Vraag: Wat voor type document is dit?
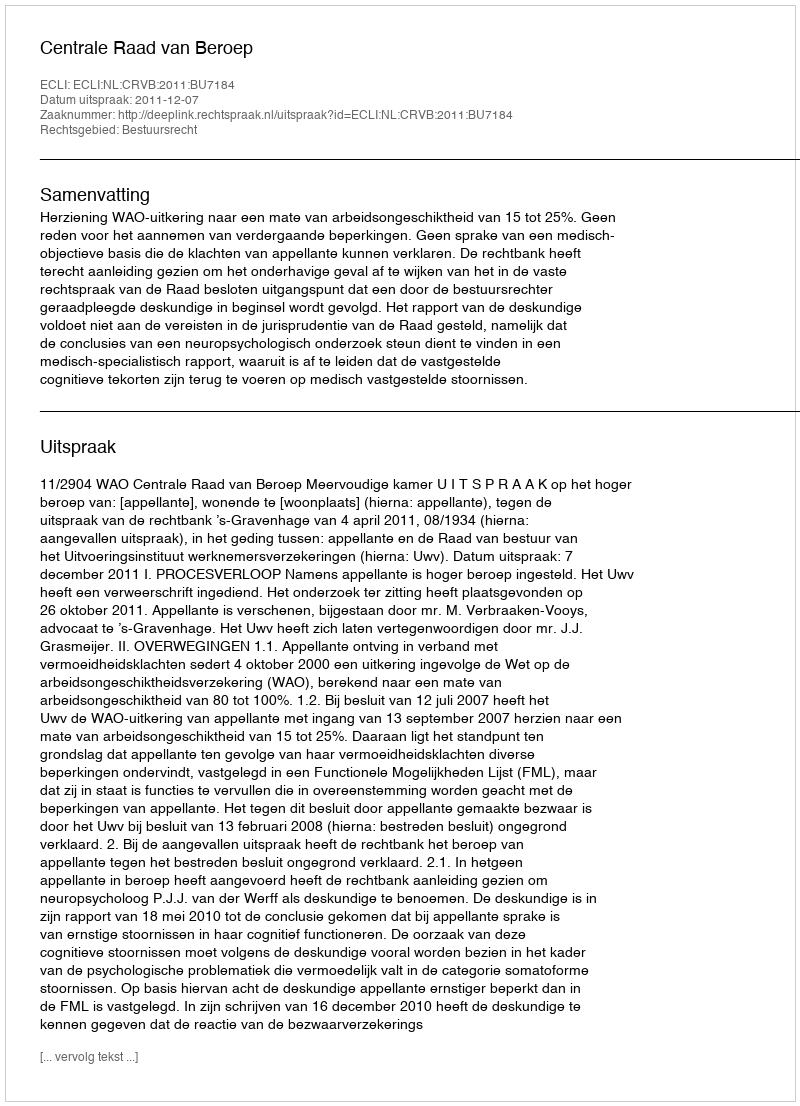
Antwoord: Uitspraak